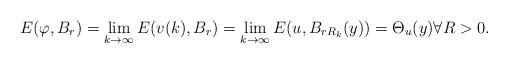
LaTeX: \begin{align*}E(\varphi,B_r)=\lim_{k \to \infty } E(v(k),B_r)= \lim_{k \to \infty} E(u, B_{rR_k}(y))=\Theta_u(y) \forall R>0.\end{align*}